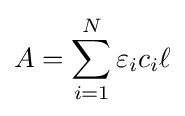
A=\sum _{i=1}^{N}\varepsilon _{i}c_{i}\ell